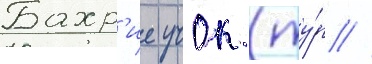
Бахр'ие учок (ту́р //